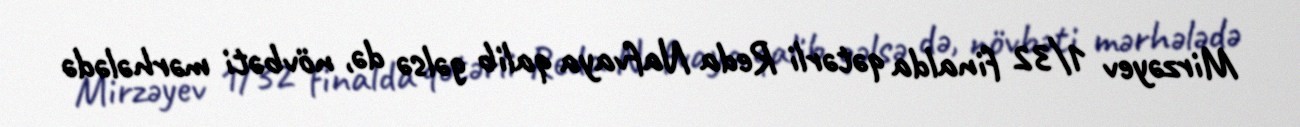
Mirzəyev 1/32 finalda qətərli Reda Nafvaya qalib gəlsə də, növbəti mərhələdə